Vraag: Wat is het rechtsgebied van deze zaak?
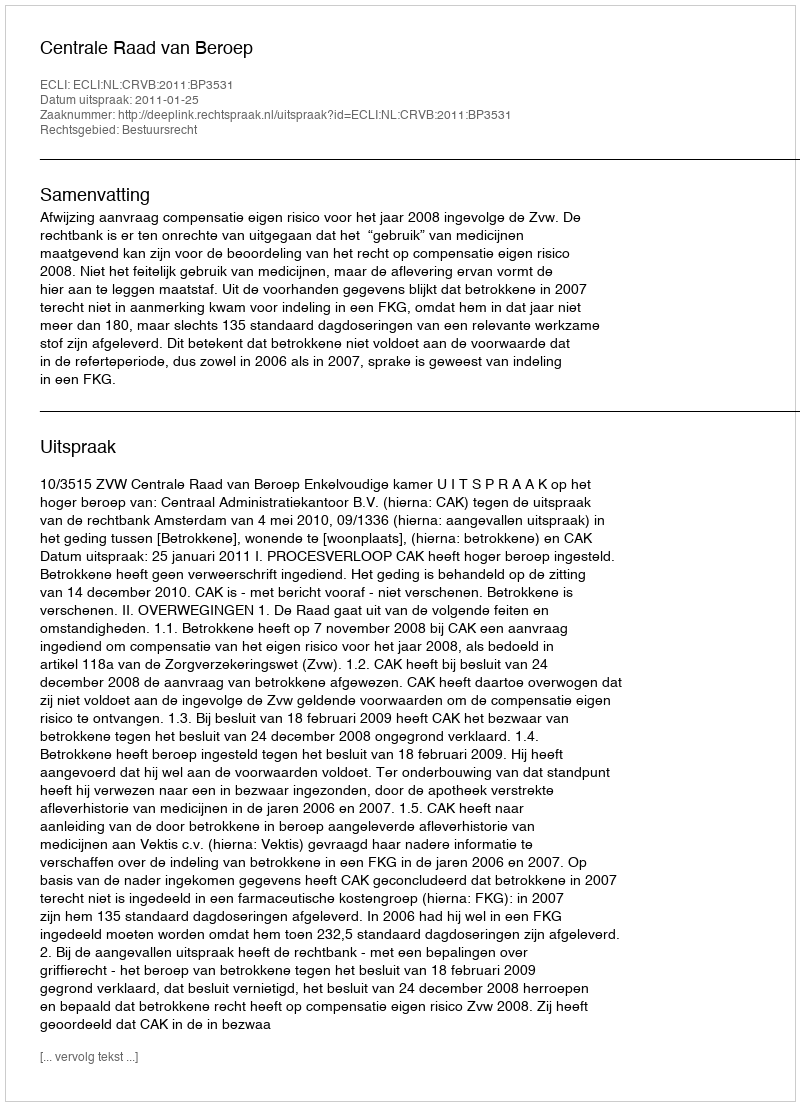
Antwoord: Bestuursrecht